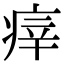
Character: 㾕